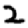
Digit: 2